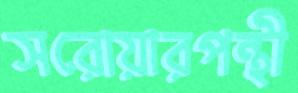
সরোয়ারপন্থী